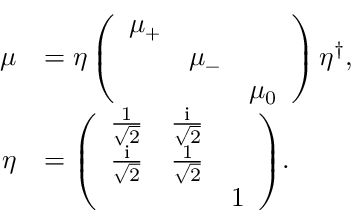
\begin{array} { r l } { \boldsymbol { \mu } } & { = \boldsymbol { \eta } \left( \begin{array} { l l l } { \mu _ { + } } & & \\ & { \mu _ { - } } & \\ & & { \mu _ { 0 } } \end{array} \right) \boldsymbol { \eta } ^ { \dagger } , } \\ { \boldsymbol { \eta } } & { = \left( \begin{array} { l l l } { \frac { 1 } { \sqrt { 2 } } } & { \frac { \mathrm { i } } { \sqrt { 2 } } } & \\ { \frac { \mathrm { i } } { \sqrt { 2 } } } & { \frac { 1 } { \sqrt { 2 } } } & \\ & & { 1 } \end{array} \right) \! . } \end{array}